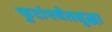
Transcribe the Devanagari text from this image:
फुटांपर्यंतसुद्धा